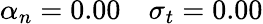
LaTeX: \alpha_{n}=0.00\quad\sigma_{t}=0.00